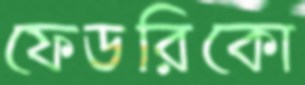
ফেডরিকো